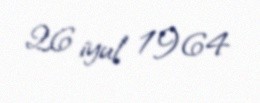
26 iyul 1964